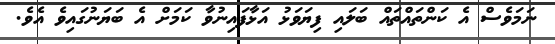
ނަމަވެސް އެ ކަންތައްތައް ބަލައި ފިޔަވަޅު އަޅާފައިނުވާ ކަމަށް އެ ބަޔަނުގައިވެ އެވެ.